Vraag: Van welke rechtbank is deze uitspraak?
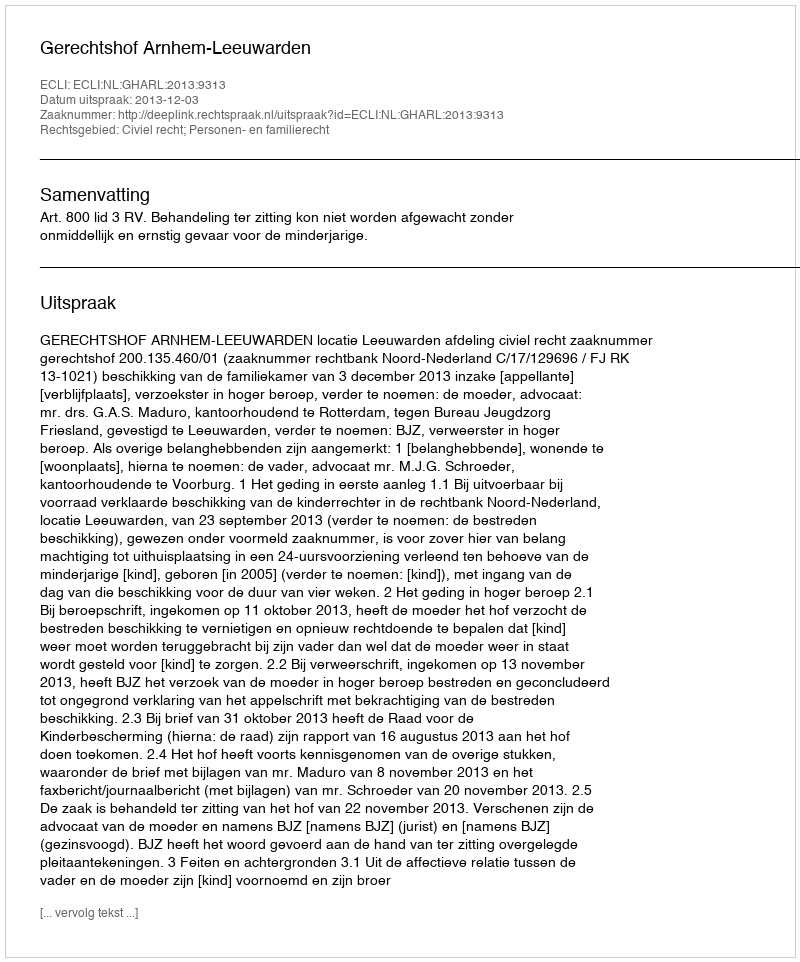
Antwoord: Gerechtshof Arnhem-Leeuwarden